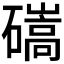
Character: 𥖱